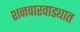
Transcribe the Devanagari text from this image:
शनवारवाड्यात